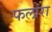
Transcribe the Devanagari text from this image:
फलोरा